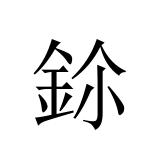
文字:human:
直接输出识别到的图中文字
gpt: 鉩